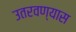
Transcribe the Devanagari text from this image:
उतरवण्यास